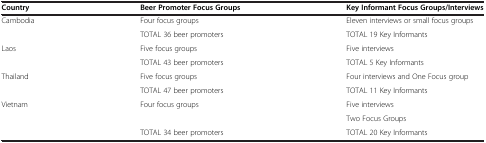
| Country | Beer Promoter Focus Groups | Key Informant Focus Groups/Interviews |
 | --- | --- | --- |
 | <ROWSPAN=2> Cambodia | Four focus groups | Eleven interviews or small focus groups |
 | TOTAL 36 beer promoters | TOTAL 19 Key Informants |
 | <ROWSPAN=2> Laos | Five focus groups | Five interviews |
 | TOTAL 43 beer promoters | TOTAL 5 Key Informants |
 | <ROWSPAN=2> Thailand | Five focus groups | Four interviews and One Focus group |
 | TOTAL 47 beer promoters | TOTAL 11 Key Informants |
 | <ROWSPAN=3> Vietnam | <ROWSPAN=2> Four focus groups | Five interviews |
 | Two Focus Groups |
 | TOTAL 34 beer promoters | TOTAL 20 Key Informants |